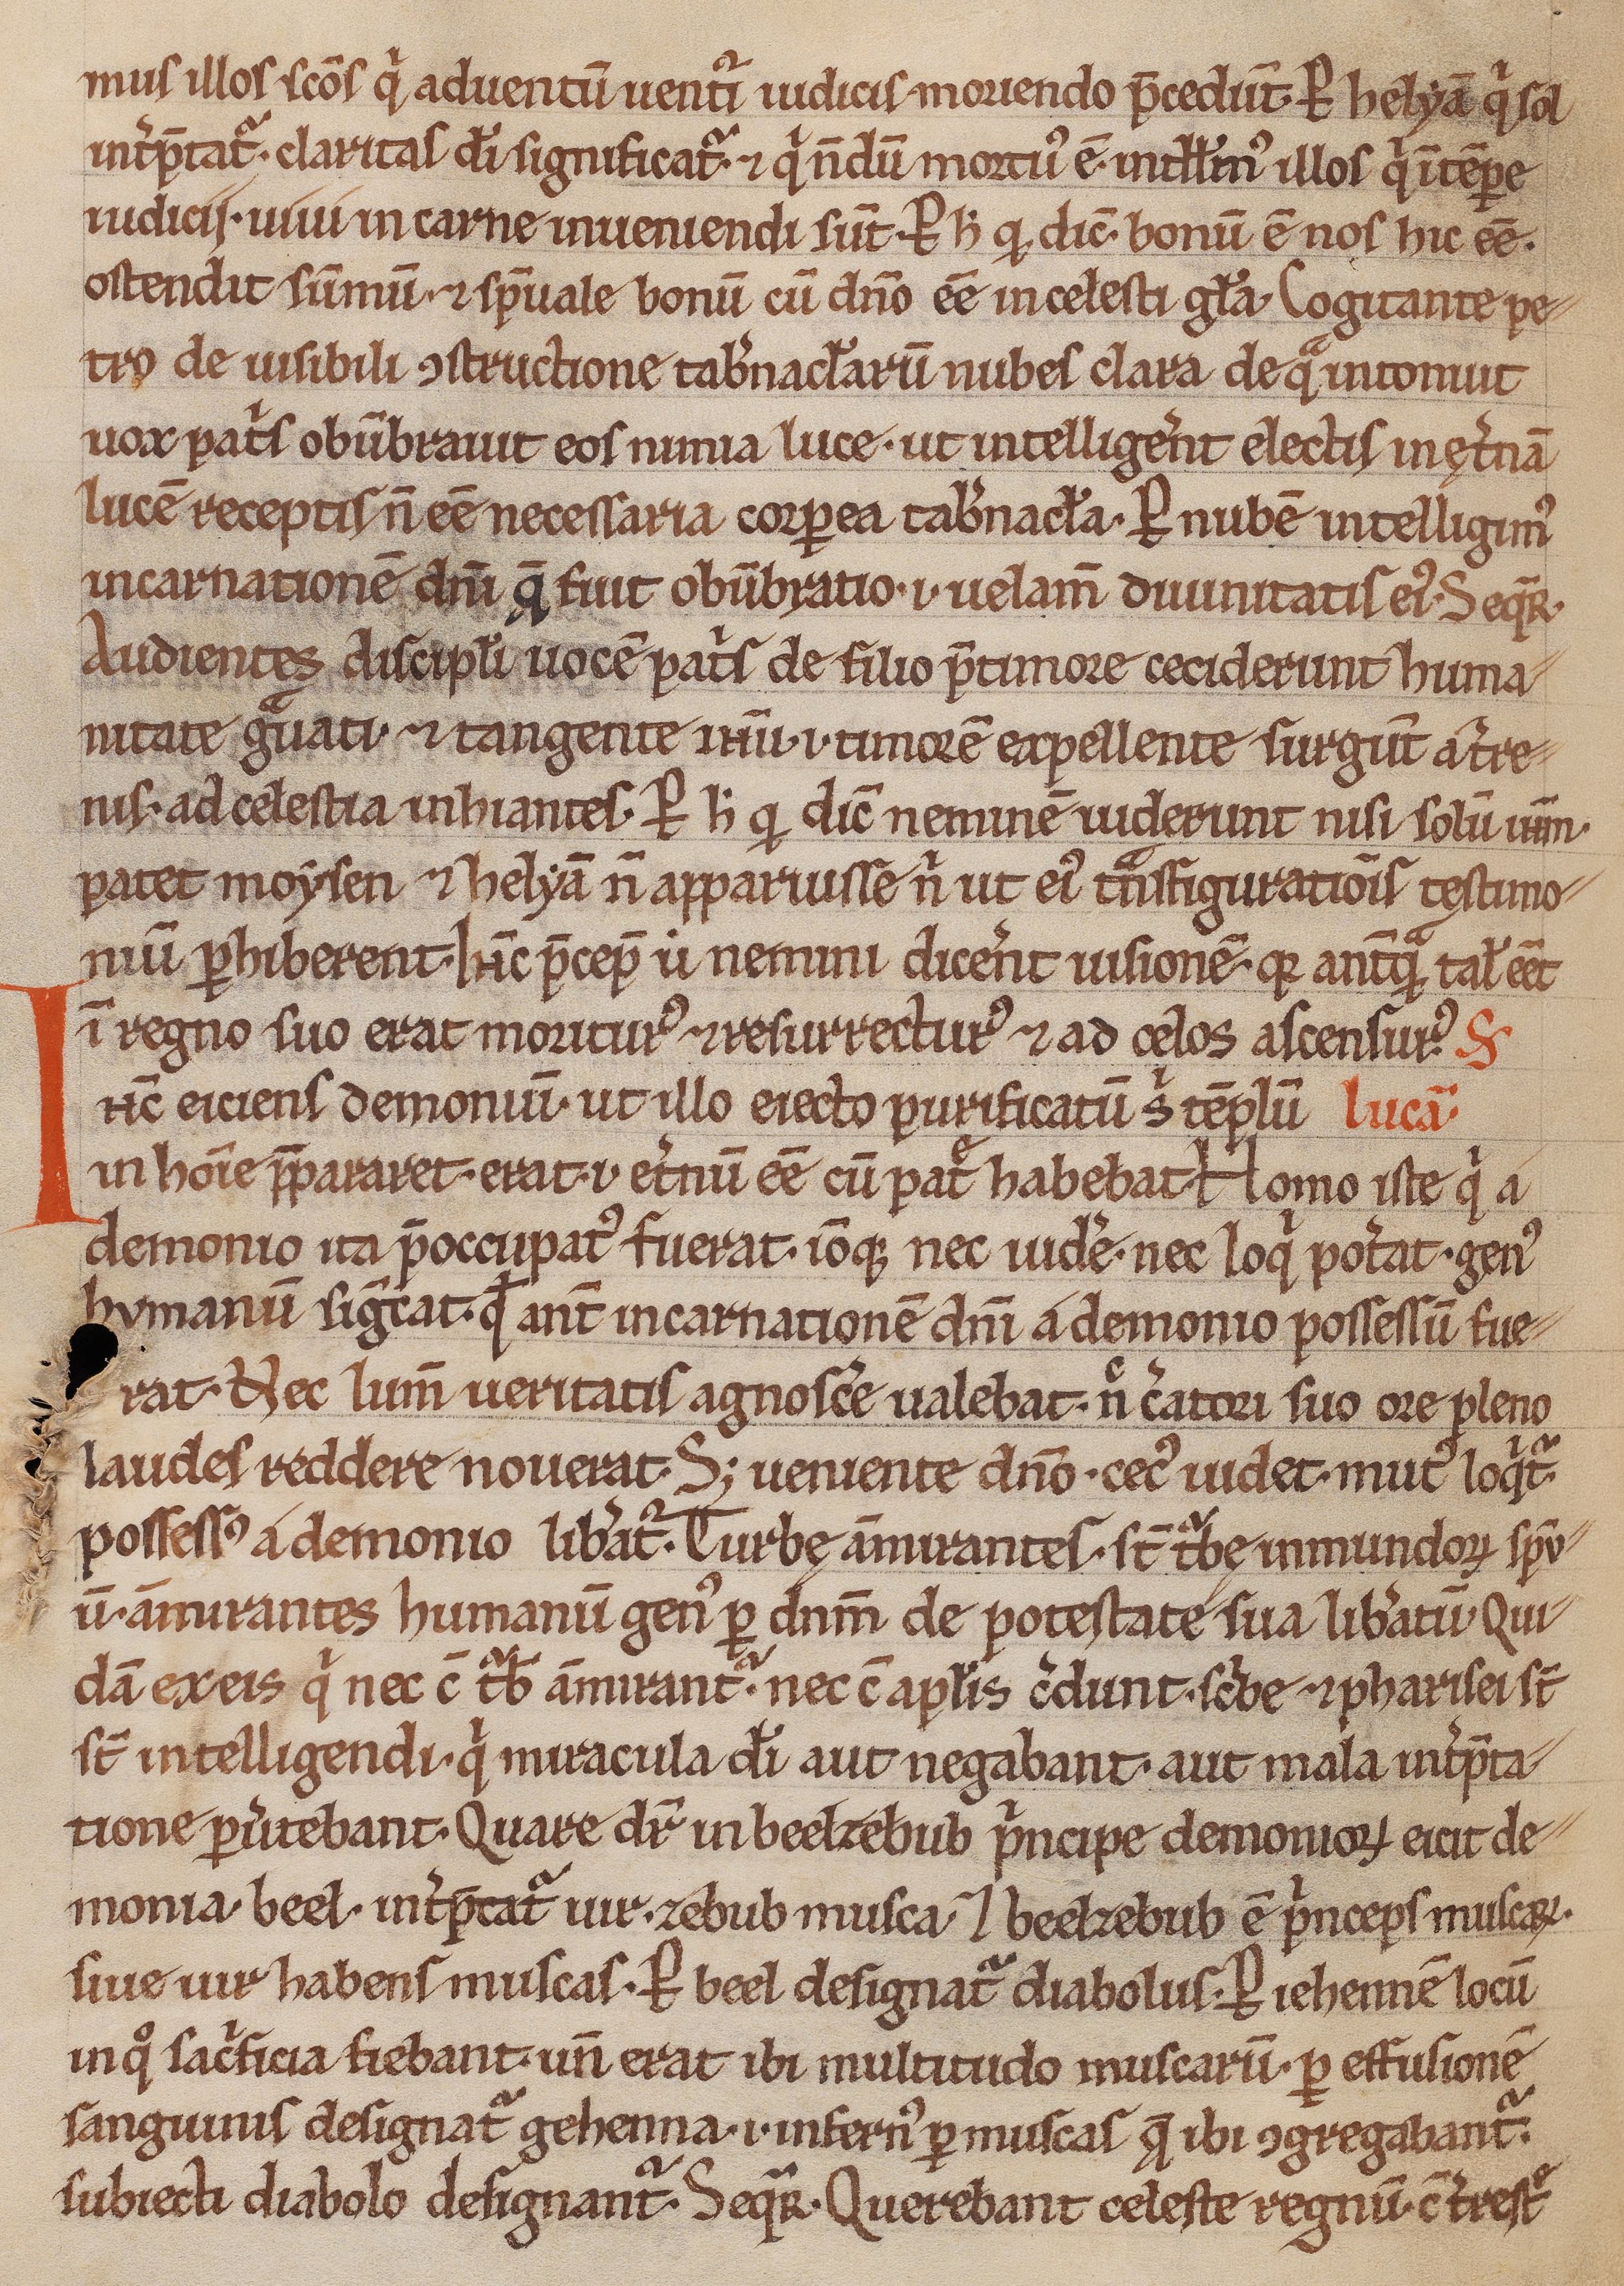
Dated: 1200–1299